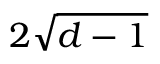
2 { \sqrt { d - 1 } }